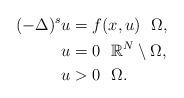
LaTeX: \begin{align*}(-\Delta)^s u&= f(x,u)~~\Omega,\\u&=0~~\mathbb{R}^N\setminus\Omega,\\u&>0~~\Omega.\end{align*}